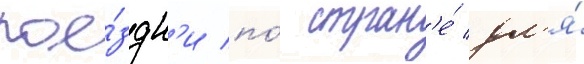
пое́здк'и по́ стран'е́ дл'я́